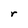
Character: r